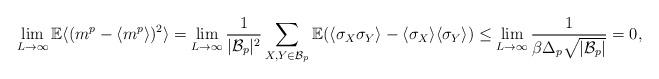
LaTeX: \begin{align*}\lim_{L\to \infty} {\mathbb E} \langle( m^p- \langle m^p \rangle)^2 \rangle=\lim_{L\to \infty} \frac{1}{|{\cal B}_p|^2} \sum_{X,Y \in {\cal B}_p} \mathbb E( \langle \sigma_X\sigma_{Y} \rangle-\langle \sigma_X\rangle \langle \sigma_{Y} \rangle) \leq \lim_{L\to\infty} \frac{1}{\beta\Delta_p \sqrt{| {\cal B}_p|}}=0, \end{align*}